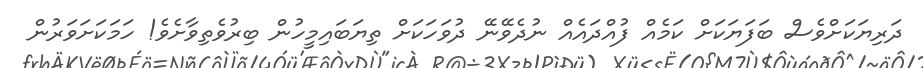
ދަރިޔަކަށްވެސް ބަފަޔަކަށް ކަމެއް ފުއްދައެއް ނުދެވޭނޭ ދުވަހަކަށް ތިޔަބައިމީހުން ބިރުވެތިވާށެވެ! ހަމަކަށަވަރުން